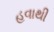
હવાથી